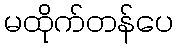
မထိုက်တန်ပေ